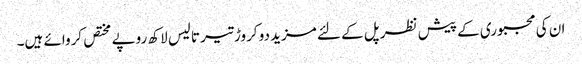
ان کی مجبوری کے پیش نظر پل کے لئے مزید دو کروڑ تیر تالیس لاکھ روپے مختص کروائے ہیں۔